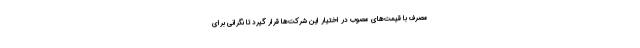
مصرف با قیمت‌های مصوب در اختیار این شرکت‌ها قرار گیرد تا نگرانی برای